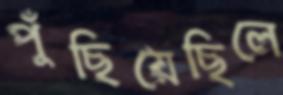
পুঁছিয়েছিলে